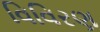
વિવિરણ